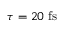
\tau = 2 0 \ \mathrm { f s }